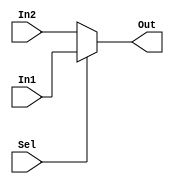
module Mux_2x1(
    In1,
    In2,
    Sel,
    Out
);

parameter N = 32;

input [N-1:0] In1;
input [N-1:0] In2;
input Sel;
output [N-1:0] Out;

assign Out = (Sel == 1'b1) ? In1 : In2;

endmodule